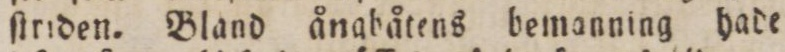
ſtriden. Bland ånghåtens bemanning hade